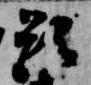
題